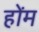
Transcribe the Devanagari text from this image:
होंम